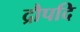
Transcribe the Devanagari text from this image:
द्रौपदि